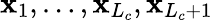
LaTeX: \mathbf{x}_{1},\dots,\mathbf{x}_{L_{c}},\mathbf{x}_{L_{c}+1}